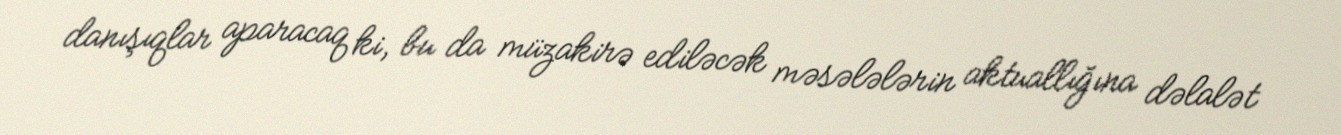
danışıqlar aparacaq ki, bu da müzakirə ediləcək məsələlərin aktuallığına dəlalət